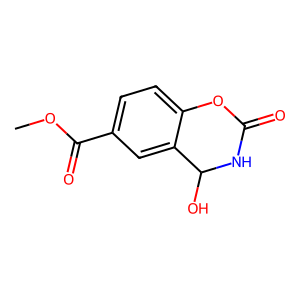
SMILES: COC(=O)c1ccc2c(c1)C(O)NC(=O)O2
Inhibits HIV replication: No